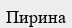
Пирина